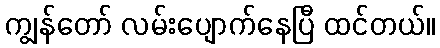
ကျွန်တော် လမ်းပျောက်နေပြီ ထင်တယ်။